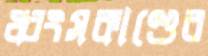
ধ্বংসকাণ্ডের